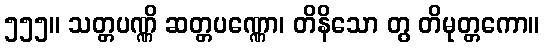
၅၅၅။ သတ္တပဏ္ဏိ ဆတ္တပဏ္ဏော၊ တိနိသော တွ တိမုတ္တကော။